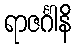
ရာဇင်္ဂါနိ